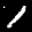
Label: 1